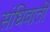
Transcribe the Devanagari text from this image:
संधिवाती